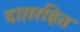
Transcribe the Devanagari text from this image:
दाग़रहित